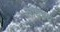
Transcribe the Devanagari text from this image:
सादस्य